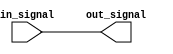
module non_inverting_buffer (
    input wire in_signal,
    output reg out_signal
);

always @* begin
    out_signal = in_signal;
end

endmodule